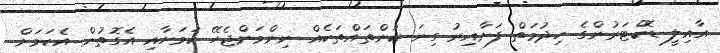
އާއިލީ ޑޮކްޓަރުންގެ ހިދުމަތް ފަށާއިރު ގިނަ ކަންތައްތަކެއް ނިންމަންޖެހޭ ކަމަށާއި އެގޮތުން އެކަމަށް